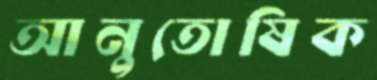
আনুতোষিক